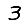
Digit: 3